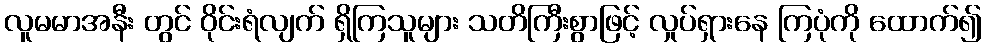
လူမမာအနီး တွင် ဝိုင်းရံလျက် ရှိကြသူများ သတိကြီးစွာဖြင့် လှုပ်ရှားနေ ကြပုံကို ထောက်၍